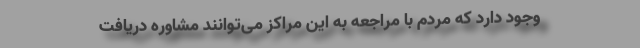
وجود دارد که مردم با مراجعه به این مراکز می‌‌توانند مشاوره دریافت